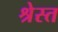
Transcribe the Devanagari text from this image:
श्रेस्त